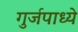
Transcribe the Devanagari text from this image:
गुर्जपाध्ये